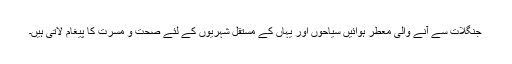
جنگلات سے آنے والی معطر ہوائیں سیاحوں اور یہاں کے مستقل شہریوں کے لئے صحت و مسرت کا پیغام لاتی ہیں۔